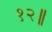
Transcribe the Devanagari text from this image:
१२॥